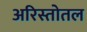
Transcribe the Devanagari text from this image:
अरिस्तोतल